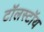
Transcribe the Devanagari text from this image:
टॉलस्‍टॉय